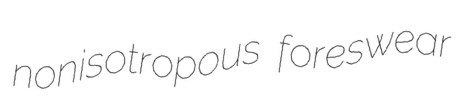
nonisotropous foreswear